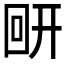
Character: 𰐋